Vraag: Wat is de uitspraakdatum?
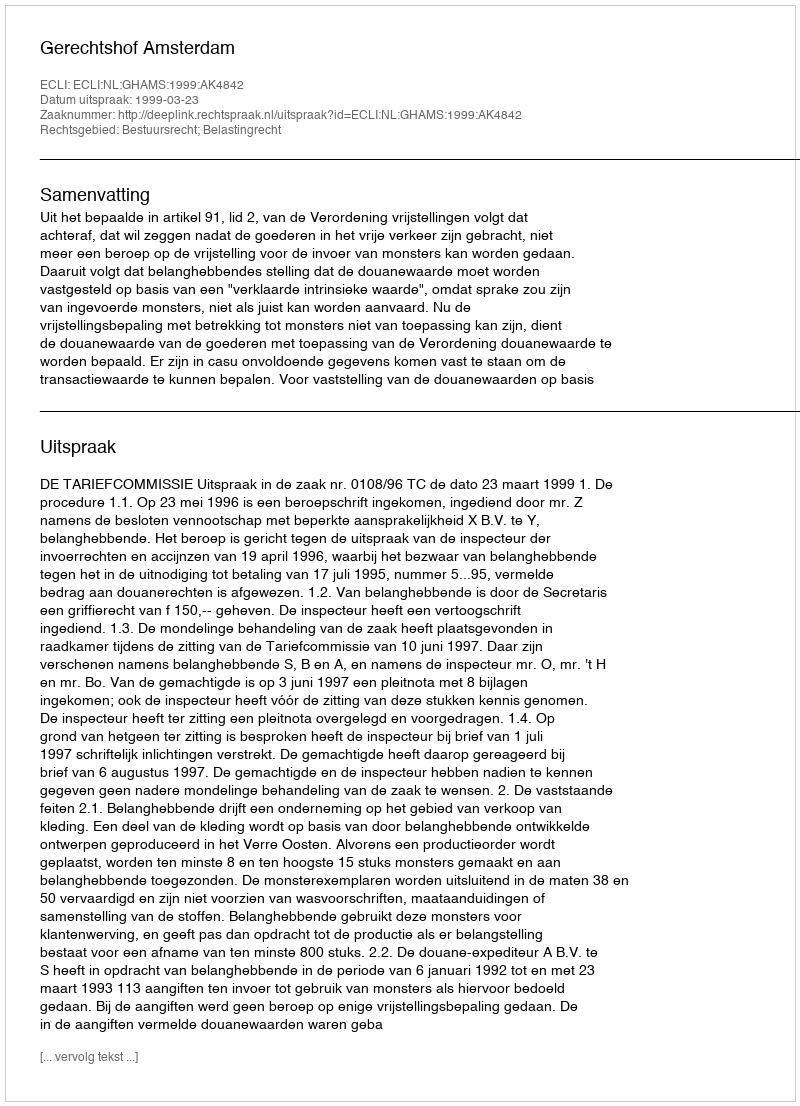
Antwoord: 1999-03-23